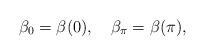
LaTeX: \begin{align*} \beta _0 = \beta (0), \quad \beta _\pi = \beta (\pi ),\end{align*}